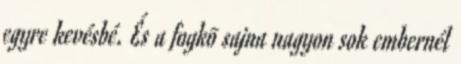
egyre kevésbé. És a fogkõ sajna nagyon sok embernél